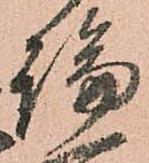
論